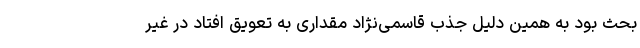
بحث بود به همین دلیل جذب قاسمی‌نژاد مقداری به تعویق افتاد در غیر